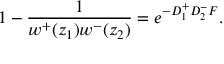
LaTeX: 1 - \frac 1 { w ^ { + } ( z _ { 1 } ) w ^ { - } ( z _ { 2 } ) } = e ^ { - D _ { 1 } ^ { + } D _ { 2 } ^ { - } { \cal F } } .